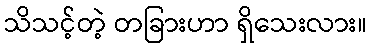
သိသင့်တဲ့ တခြားဟာ ရှိသေးလား။